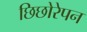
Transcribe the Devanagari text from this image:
छिछोरेपन